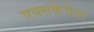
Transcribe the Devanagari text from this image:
एक्सकेवेटा